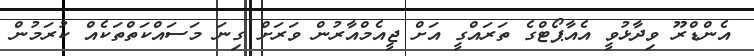
އެންޑްރޫ ވިދާޅުވީ އެއާޕޯޓްގެ ތަރައްގީ އަށް ޖީއެމްއާރުން ވަރަށް ގިނަ މަސައްކަތްތަކެއް ކުރަމުން